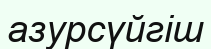
азурсүйгіш